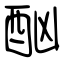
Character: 酗